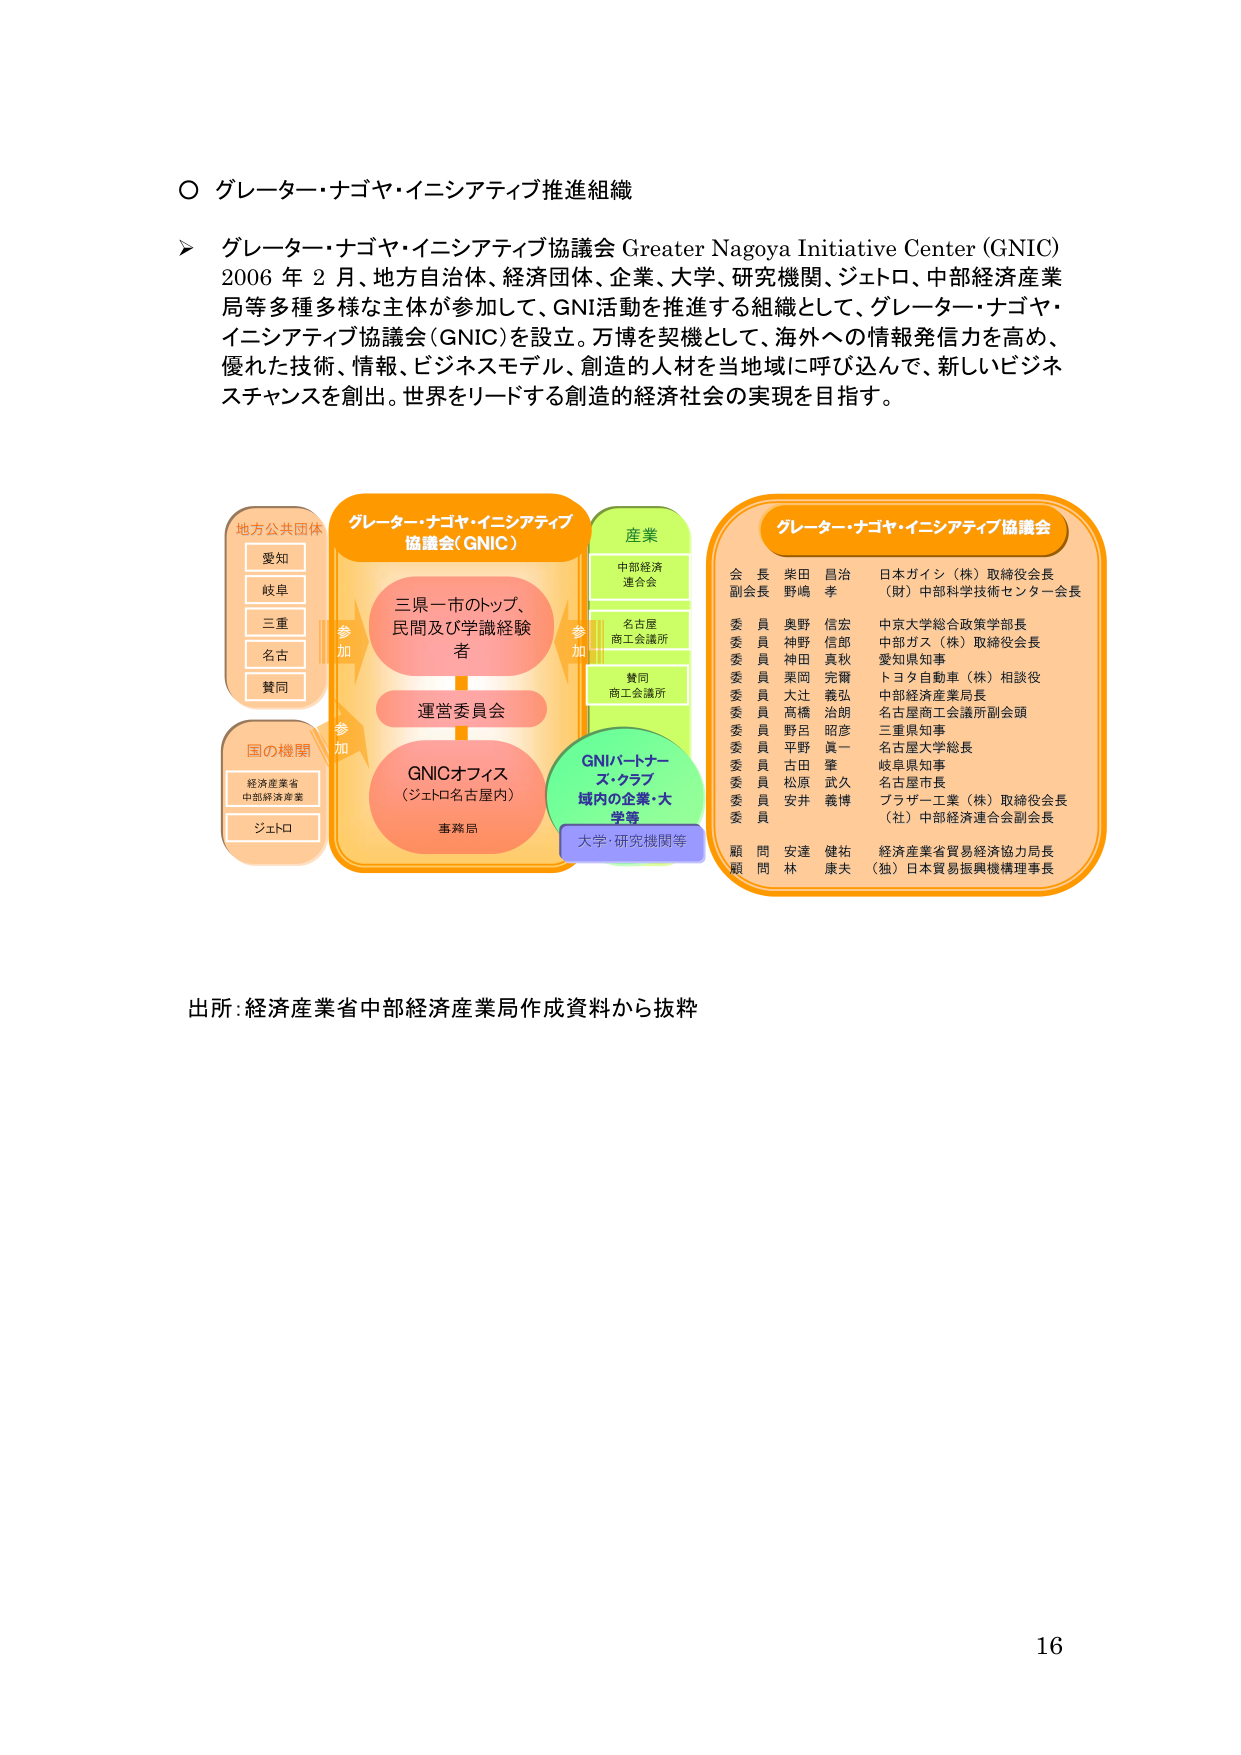
○ グレーター・ナゴヤ・イニシアティブ推進組織

➤ グレーター・ナゴヤ・イニシアティブ協議会 Greater Nagoya Initiative Center (GNIC)
2006 年 2 月、地方自治体、経済団体、企業、大学、研究機関、ジェトロ、中部経済産業局等多種多様な主体が参加して、GNI活動を推進する組織として、グレーター・ナゴヤ・イニシアティブ協議会（GNIC）を設立。万博を契機として、海外への情報発信力を高め、優れた技術、情報、ビジネスモデル、創造的人材を当地域に呼び込んで、新しいビジネスチャンスを創出。世界をリードする創造的経済社会の実現を目指す。

地方公共団体
愛知
岐阜
三重
名古
賛同

国の機関
経済産業省
中部経済産業局
ジェトロ

グレーター・ナゴヤ・イニシアティブ協議会（GNIC）
三県一市のトップ、
民間及び学識経験者
運営委員会
GNICオフィス
（ジェトロ名古屋内）
事務局

産業
中部経済
連合会
名古屋
商工会議所
賛同
商工会議所

GNIパートナーズ・クラブ
域内の企業・大学等
大学・研究機関等

グレーター・ナゴヤ・イニシアティブ協議会
会長 柴田 昌治 日本ガイシ（株）取締役会長
（財）中部科学技術センター会長
副会長 野嶋 孝
委員 奥野 信宏 中京大学総合政策学部長
委員 神野 信郎 中部ガス（株）取締役会長
委員 神田 真秋 愛知県知事
委員 栗岡 完爾 トヨタ自動車（株）相談役
委員 大辻 義弘 中部経済産業局長
委員 高橋 治朗 名古屋商工会議所副会頭
委員 野呂 昭彦 三重県知事
委員 平野 眞一 名古屋大学総長
委員 古田 肇 岐阜県知事
委員 松原 武久 名古屋市長
委員 安井 義博 ブラザー工業（株）取締役会長
（社）中部経済連合会副会長
顧問 安達 健祐 経済産業省貿易経済協力局長
顧問 林 康夫 （独）日本貿易振興機構理事長

出所：経済産業省中部経済産業局作成資料から抜粋

16